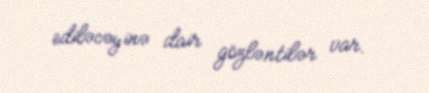
ediləcəyinə dair gözləntilər var.